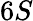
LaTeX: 6S